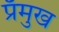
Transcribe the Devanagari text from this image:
प्रँमुख